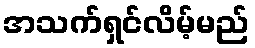
အသက်ရှင်လိမ့်မည်